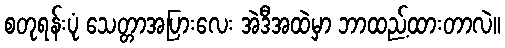
စတုရန်းပုံ သေတ္တာအပြားလေး အဲဒီအထဲမှာ ဘာထည့်ထားတာလဲ။